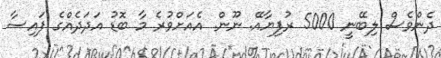
ދެންވެސް ލިބޭނީ 5000 ރުފިޔާއޭ. ނޫން. އެއަށްވުރެ މާ ބޮޑު އަދަދެއްގެ ފައިސާ